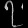
Digit: ၇